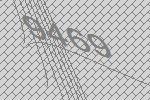
9469